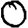
Digit: 0